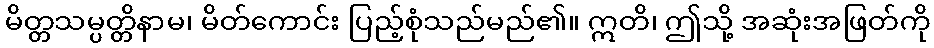
မိတ္တသမ္ပတ္တိနာမ၊ မိတ်ကောင်း ပြည့်စုံသည်မည်၏။ ဣတိ၊ ဤသို့ အဆုံးအဖြတ်ကို